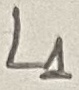
Text: L1